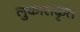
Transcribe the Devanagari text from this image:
लुकासकृत